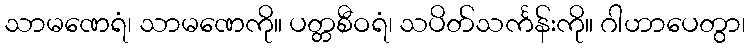
သာမဏေရံ၊ သာမဏေကို။ ပတ္တစီဝရံ၊ သပိတ်သင်္ကန်းကို။ ဂါဟာပေတွာ၊